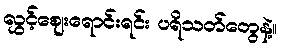
လွှင့်ဈေးရောင်းရင်း ပရိသတ်တွေနဲ့။